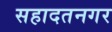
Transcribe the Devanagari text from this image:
सहादतनगर